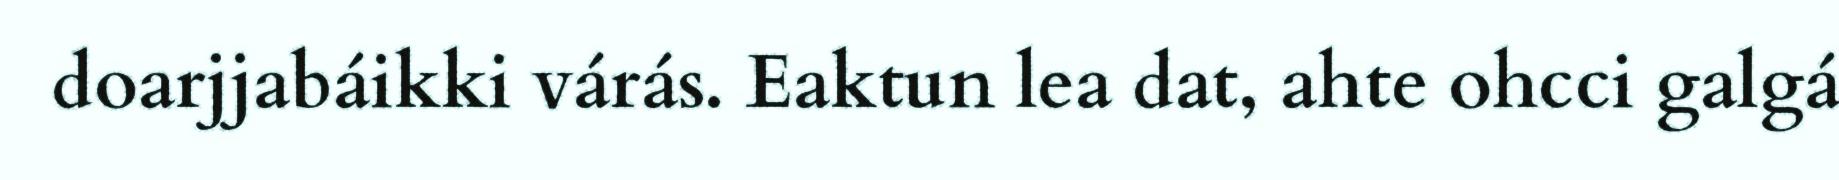
doarjjabáikki várás. Eaktun lea dat, ahte ohcci galgá